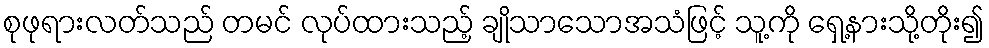
စုဖုရားလတ်သည် တမင် လုပ်ထားသည့် ချိုသာသောအသံဖြင့် သူ့ကို ရှေ့နားသို့တိုး၍